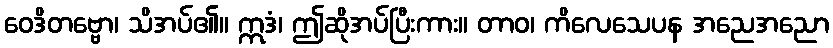
ဝေဒိတဗ္ဗော၊ သိအပ်၏။ ဣဒံ၊ ဤဆိုအပ်ပြီးကား။ တာဝ၊ ကိလေသေပန အညေအညော